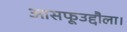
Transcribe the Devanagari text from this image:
आसफूउद्दौला।